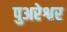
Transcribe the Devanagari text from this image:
पुअरेश्वर